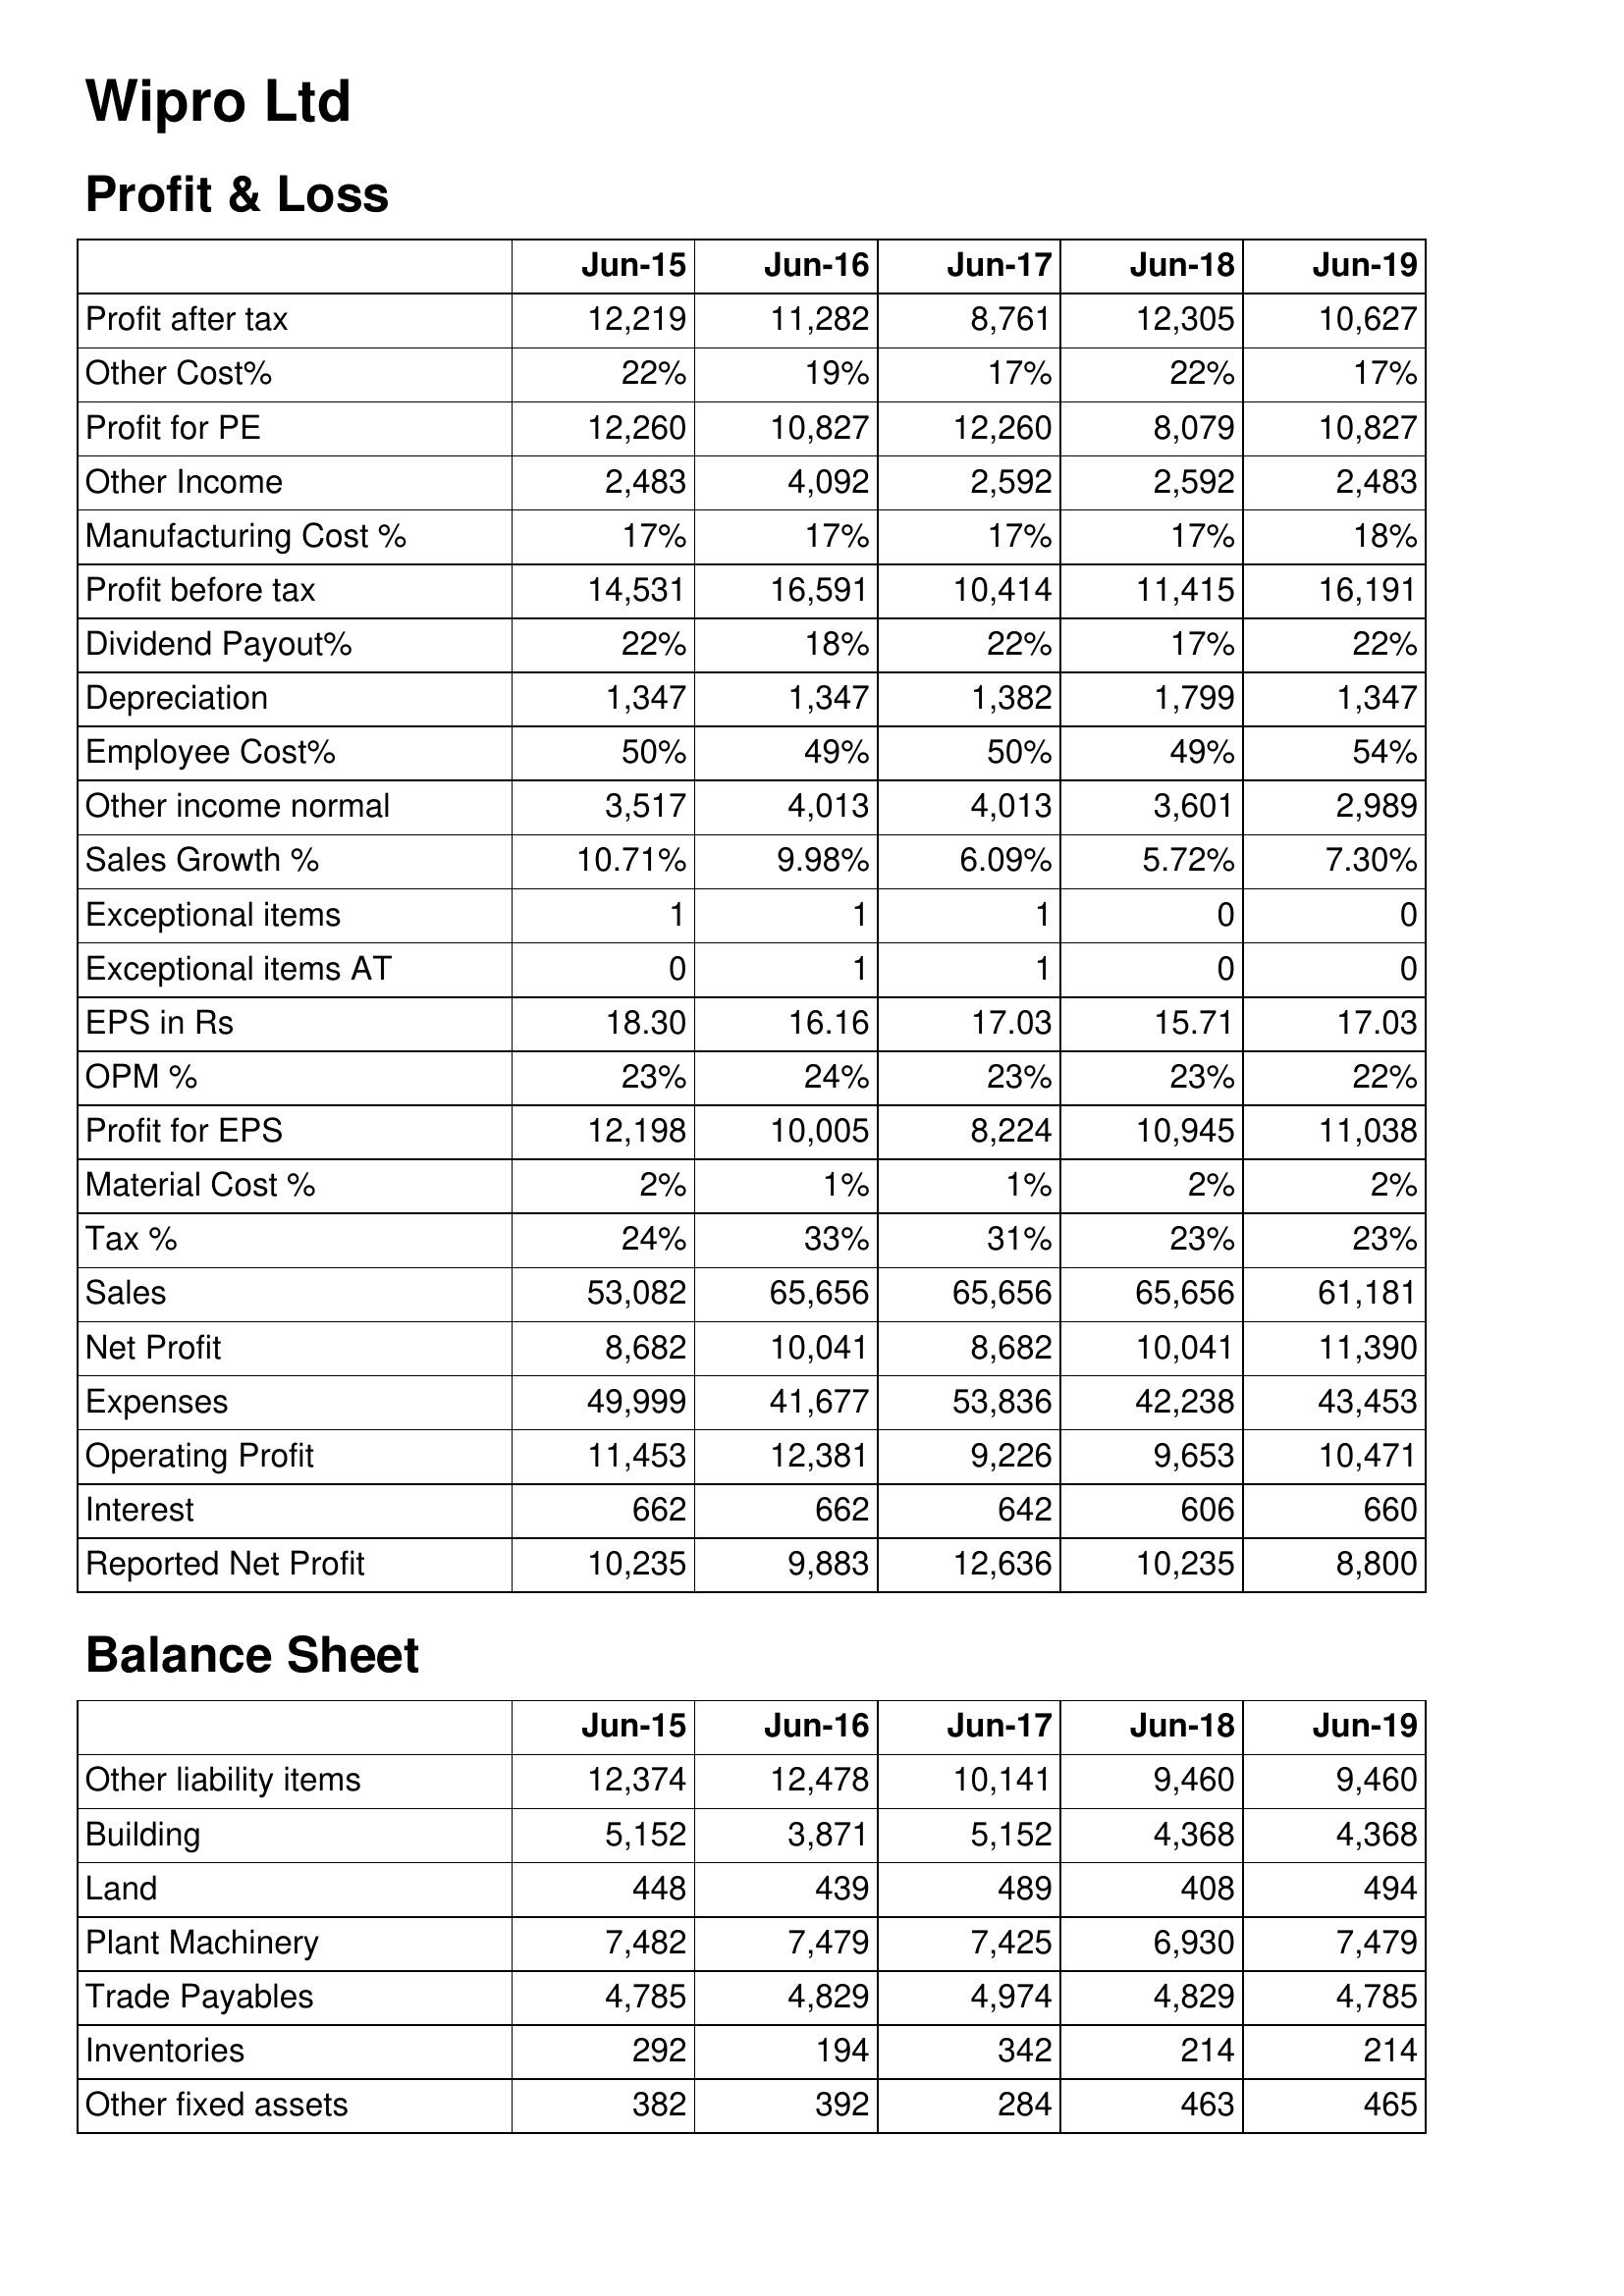
Jun-15: Profit & Loss: Profit after tax: 12,219
Other Cost%: 22%
Profit for PE: 12,260
Other Income: 2,483
Manufacturing Cost %: 17%
Profit before tax: 14,531
Dividend Payout%: 22%
Depreciation: 1,347
Employee Cost%: 50%
Other income normal: 3,517
Sales Growth %: 10.71%
Exceptional items: 1
Exceptional items AT: 0
EPS in Rs: 18.30
OPM %: 23%
Profit for EPS: 12,198
Material Cost %: 2%
Tax %: 24%
Sales: 53,082
Net Profit: 8,682
Expenses: 49,999
Operating Profit: 11,453
Interest: 662
Reported Net Profit: 10,235
Balance Sheet: Other liability items: 12,374
Building: 5,152
Land: 448
Plant Machinery: 7,482
Trade Payables: 4,785
Inventories: 292
Other fixed assets: 382
Jun-16: Profit & Loss: Profit after tax: 11,282
Other Cost%: 19%
Profit for PE: 10,827
Other Income: 4,092
Manufacturing Cost %: 17%
Profit before tax: 16,591
Dividend Payout%: 18%
Depreciation: 1,347
Employee Cost%: 49%
Other income normal: 4,013
Sales Growth %: 9.98%
Exceptional items: 1
Exceptional items AT: 1
EPS in Rs: 16.16
OPM %: 24%
Profit for EPS: 10,005
Material Cost %: 1%
Tax %: 33%
Sales: 65,656
Net Profit: 10,041
Expenses: 41,677
Operating Profit: 12,381
Interest: 662
Reported Net Profit: 9,883
Balance Sheet: Other liability items: 12,478
Building: 3,871
Land: 439
Plant Machinery: 7,479
Trade Payables: 4,829
Inventories: 194
Other fixed assets: 392
Jun-17: Profit & Loss: Profit after tax: 8,761
Other Cost%: 17%
Profit for PE: 12,260
Other Income: 2,592
Manufacturing Cost %: 17%
Profit before tax: 10,414
Dividend Payout%: 22%
Depreciation: 1,382
Employee Cost%: 50%
Other income normal: 4,013
Sales Growth %: 6.09%
Exceptional items: 1
Exceptional items AT: 1
EPS in Rs: 17.03
OPM %: 23%
Profit for EPS: 8,224
Material Cost %: 1%
Tax %: 31%
Sales: 65,656
Net Profit: 8,682
Expenses: 53,836
Operating Profit: 9,226
Interest: 642
Reported Net Profit: 12,636
Balance Sheet: Other liability items: 10,141
Building: 5,152
Land: 489
Plant Machinery: 7,425
Trade Payables: 4,974
Inventories: 342
Other fixed assets: 284
Jun-18: Profit & Loss: Profit after tax: 12,305
Other Cost%: 22%
Profit for PE: 8,079
Other Income: 2,592
Manufacturing Cost %: 17%
Profit before tax: 11,415
Dividend Payout%: 17%
Depreciation: 1,799
Employee Cost%: 49%
Other income normal: 3,601
Sales Growth %: 5.72%
Exceptional items: 0
Exceptional items AT: 0
EPS in Rs: 15.71
OPM %: 23%
Profit for EPS: 10,945
Material Cost %: 2%
Tax %: 23%
Sales: 65,656
Net Profit: 10,041
Expenses: 42,238
Operating Profit: 9,653
Interest: 606
Reported Net Profit: 10,235
Balance Sheet: Other liability items: 9,460
Building: 4,368
Land: 408
Plant Machinery: 6,930
Trade Payables: 4,829
Inventories: 214
Other fixed assets: 463
Jun-19: Profit & Loss: Profit after tax: 10,627
Other Cost%: 17%
Profit for PE: 10,827
Other Income: 2,483
Manufacturing Cost %: 18%
Profit before tax: 16,191
Dividend Payout%: 22%
Depreciation: 1,347
Employee Cost%: 54%
Other income normal: 2,989
Sales Growth %: 7.30%
Exceptional items: 0
Exceptional items AT: 0
EPS in Rs: 17.03
OPM %: 22%
Profit for EPS: 11,038
Material Cost %: 2%
Tax %: 23%
Sales: 61,181
Net Profit: 11,390
Expenses: 43,453
Operating Profit: 10,471
Interest: 660
Reported Net Profit: 8,800
Balance Sheet: Other liability items: 9,460
Building: 4,368
Land: 494
Plant Machinery: 7,479
Trade Payables: 4,785
Inventories: 214
Other fixed assets: 465